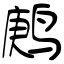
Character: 鹒